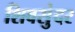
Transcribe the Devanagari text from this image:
शिवसुंदर